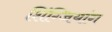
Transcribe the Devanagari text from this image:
शिंग्जियांग